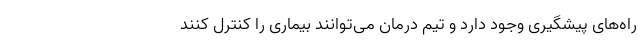
راه‌های پیشگیری وجود دارد و تیم درمان می‌توانند بیماری را کنترل کنند